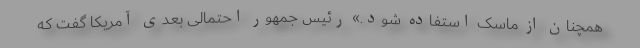
همچنان از ماسک استفاده شود.» رئیس جمهور احتمالی بعدی آمریکا گفت که